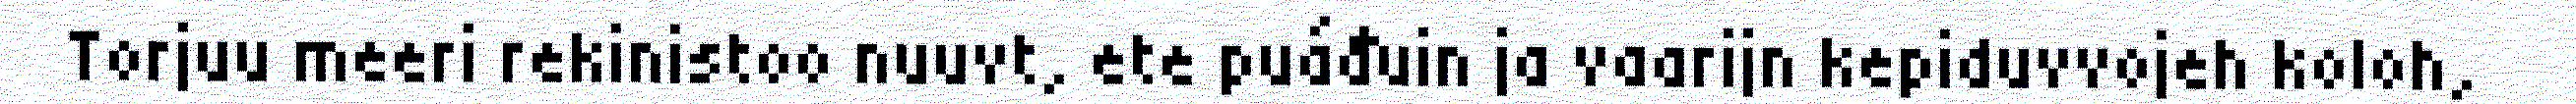
Torjuu meeri rekinistoo nuuvt, ete puáđuin ja vaarijn kepiduvvojeh koloh,